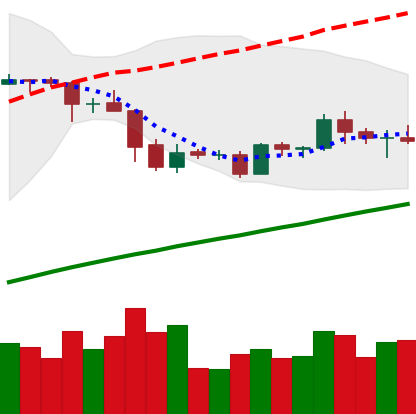
Ticker: EOS-USD
Chart end date: 2019-05-07
Forward return: 9.395%
Label: up_7plus